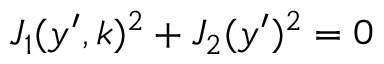
J _ { 1 } ( y ^ { \prime } , k ) ^ { 2 } + J _ { 2 } ( y ^ { \prime } ) ^ { 2 } = 0